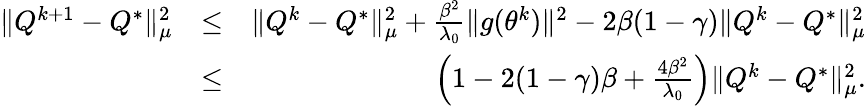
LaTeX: \begin{array}{rlr}{\| Q^{k+1}-Q^{*}\| _{\mu}^{2}}&{\leq}&{\| Q^{k}-Q^{*}\| _{\mu}^{2}+\frac{\beta^{2}}{\lambda_{0}}\| g(\theta^{k})\| ^{2}-2\beta(1-\gamma)\| Q^{k}-Q^{*}\| _{\mu}^{2}}\\ &{\leq}&{\left(1-2(1-\gamma)\beta+\frac{4\beta^{2}}{\lambda_{0}}\right)\| Q^{k}-Q^{*}\| _{\mu}^{2}.}\end{array}